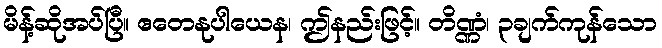
မိန့်ဆိုအပ်ပြီ။ ဧတေနုပါယေန၊ ဤနည်းဖြင့်။ တိဏ္ဏံ၊ ၃ချက်ကုန်သော